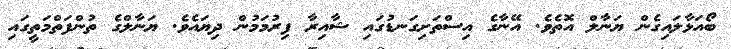
ބޯއަޅާލައިގެން ޔަނާލް އޮތެވެ. އޭނާގެ އިސްތަށިގަނޑުގައި ޝާއިރާ ފިރުމަމުން ދިޔައެވެ. ޔަނާލްގެ ތުންފަތްމަތީގައި